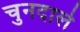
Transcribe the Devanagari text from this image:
चुनदाले